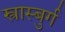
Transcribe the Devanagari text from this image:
स्त्रास्बुर्ग